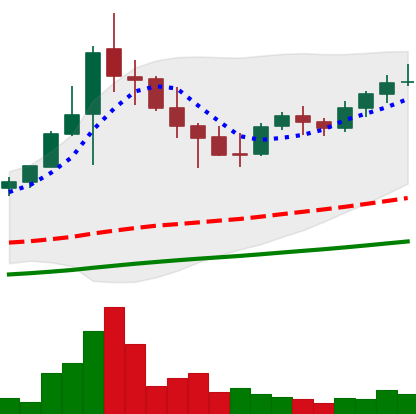
Ticker: NEO-USD
Chart end date: 2021-05-03
Forward return: 8.749%
Label: up_7plus